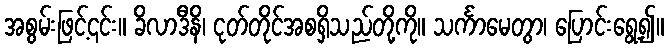
အစွမ်းဖြင့်၎င်း။ ခိလာဒီနိ၊ ငုတ်တိုင်အစရှိသည်တို့ကို။ သင်္ကာမေတွာ၊ ပြောင်းရွေ့၍။